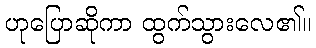
ဟုပြောဆိုကာ ထွက်သွားလေ၏။